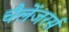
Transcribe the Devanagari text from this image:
चैलेंजरर्स